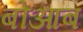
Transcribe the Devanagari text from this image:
बोआब